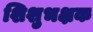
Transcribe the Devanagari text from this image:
शिशुभक्षक